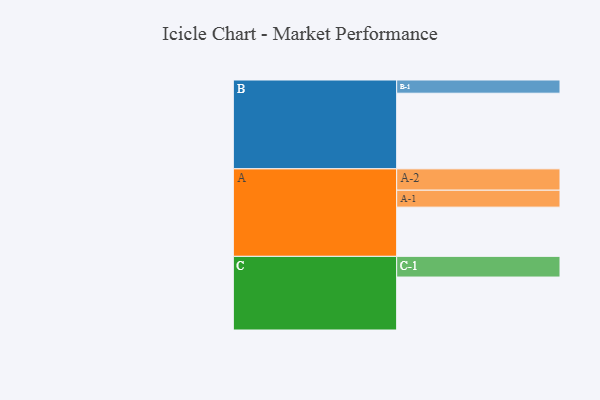
{"axis": {"x": "Segment", "y": "Value"}, "legend": ["", "A", "B", "C"], "data": [{"x": "A", "y": 369, "type": ""}, {"x": "B", "y": 567, "type": ""}, {"x": "C", "y": 397, "type": ""}, {"x": "A-1", "y": 127, "type": "A"}, {"x": "A-2", "y": 160, "type": "A"}, {"x": "B-1", "y": 99, "type": "B"}, {"x": "C-1", "y": 155, "type": "C"}]}